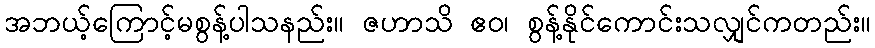
အဘယ့်ကြောင့်မစွန့်ပါသနည်း။ ဇဟာသိ ဧဝ၊ စွန့်နိုင်ကောင်းသလျှင်ကတည်း။